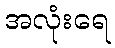
အလုံးရေ